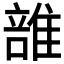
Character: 𨿦